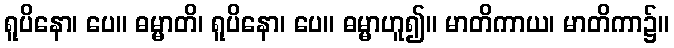
ရူပိနော၊ ပေ။ ဓမ္မာတိ၊ ရူပိနော၊ ပေ။ ဓမ္မာဟူ၍။ မာတိကာယ၊ မာတိကာ၌။